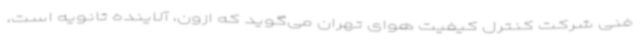
فنی شرکت کنترل کیفیت هوای تهران می‌گوید که ازون، آلاینده ثانویه است،